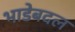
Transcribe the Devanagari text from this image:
भाडेबदल